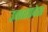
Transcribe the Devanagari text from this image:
उत्‍तरप्रदेश